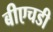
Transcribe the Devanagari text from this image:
बीएचडी